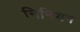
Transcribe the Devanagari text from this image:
निनियन